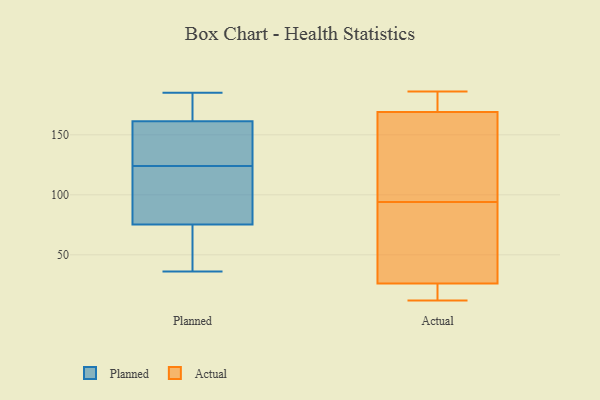
{"axis": {"x": "Website Visitors", "y": "Value"}, "legend": ["Actual", "Planned"], "data": [{"x": "", "y": 184, "type": "Planned"}, {"x": "", "y": 185, "type": "Planned"}, {"x": "", "y": 165, "type": "Planned"}, {"x": "", "y": 130, "type": "Planned"}, {"x": "", "y": 146, "type": "Planned"}, {"x": "", "y": 117, "type": "Planned"}, {"x": "", "y": 124, "type": "Planned"}, {"x": "", "y": 173, "type": "Planned"}, {"x": "", "y": 156, "type": "Planned"}, {"x": "", "y": 92, "type": "Planned"}, {"x": "", "y": 37, "type": "Planned"}, {"x": "", "y": 82, "type": "Planned"}, {"x": "", "y": 63, "type": "Planned"}, {"x": "", "y": 98, "type": "Planned"}, {"x": "", "y": 73, "type": "Planned"}, {"x": "", "y": 163, "type": "Planned"}, {"x": "", "y": 68, "type": "Planned"}, {"x": "", "y": 152, "type": "Planned"}, {"x": "", "y": 36, "type": "Planned"}, {"x": "", "y": 26, "type": "Actual"}, {"x": "", "y": 179, "type": "Actual"}, {"x": "", "y": 86, "type": "Actual"}, {"x": "", "y": 25, "type": "Actual"}, {"x": "", "y": 97, "type": "Actual"}, {"x": "", "y": 110, "type": "Actual"}, {"x": "", "y": 23, "type": "Actual"}, {"x": "", "y": 33, "type": "Actual"}, {"x": "", "y": 169, "type": "Actual"}, {"x": "", "y": 12, "type": "Actual"}, {"x": "", "y": 91, "type": "Actual"}, {"x": "", "y": 179, "type": "Actual"}, {"x": "", "y": 84, "type": "Actual"}, {"x": "", "y": 186, "type": "Actual"}, {"x": "", "y": 15, "type": "Actual"}, {"x": "", "y": 179, "type": "Actual"}, {"x": "", "y": 164, "type": "Actual"}, {"x": "", "y": 155, "type": "Actual"}]}